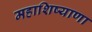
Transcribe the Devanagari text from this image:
महाशिष्याणा